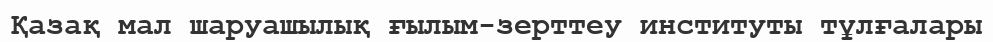
Қазақ мал шаруашылық ғылым-зерттеу институты тұлғалары